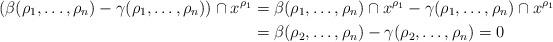
LaTeX: \begin{align*}\left( \beta(\rho_1, \dots , \rho_n) - \gamma( \rho_1, \dots , \rho_n) \right) \cap x^{\rho_1} & =\beta(\rho_1, \dots , \rho_n) \cap x^{\rho_1}- \gamma(\rho_1, \dots , \rho_n) \cap x^{\rho_1}\\& = \beta(\rho_2, \dots , \rho_n) - \gamma(\rho_2, \dots , \rho_n) = 0\end{align*}